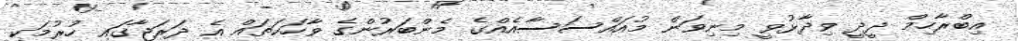
އިބްރާހިމް ދީދީ ވިދާޅުވީ މިނިވަން މުއައްސަސާއެއްގެ މެންބަރުންގެ ވާހަކަތައް އެ ދަރަޖާގައި ހުރުމަކީ